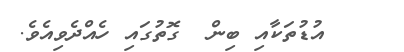
އުޑުތަކާއި ބިން  ގޮތުގައި ހެއްދެވިއެވެ.